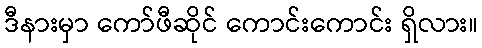
ဒီနားမှာ ကော်ဖီဆိုင် ကောင်းကောင်း ရှိလား။